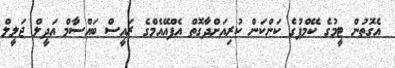
އެގޮތުން ޓީމުގެ ކޭމްޕުގެ ކަންކަން ކުރިއަށްދާގޮތް އެފްއޭއެމްގެ ރައީސް ބައްސާމް އަދީލް ޖަލީލް